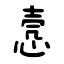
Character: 悫